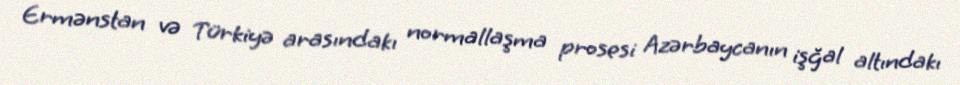
Ermənstan və Türkiyə arasındakı normallaşma prosesi Azərbaycanın işğal altındakı